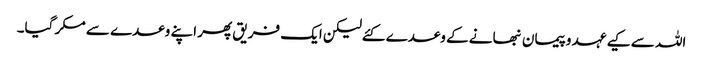
اللہ سے کیے عہد وپیمان نبھانے کے وعدے کئےلیکن ایک فریق پھر اپنے وعدے سے مکر گیا۔